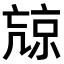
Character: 𠅽